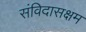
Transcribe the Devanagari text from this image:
संविदासक्षम